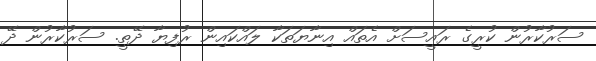
ސަރުކާރުން ކުރީގެ ރައީސަށް އެތައް އިނާޔަތަކާ ލައްކައިން ރުފިޔާ ދޭތީ. ސަރުކާރުން ދޭ